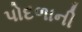
પોદળાની